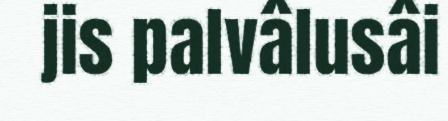
jis palvâlusâi